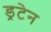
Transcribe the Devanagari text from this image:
ड्रटेन